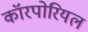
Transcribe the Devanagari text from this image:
कॉरपोरियल